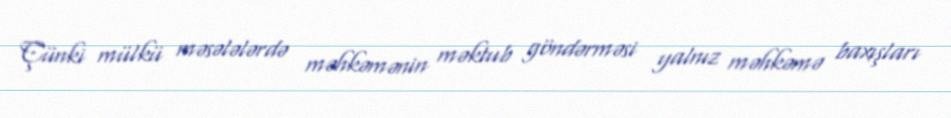
Çünki mülkü məsələlərdə məhkəmənin məktub göndərməsi yalnız məhkəmə baxışları